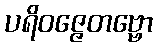
ပရိဝဇ္ဇေတဗ္ဗော